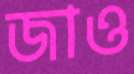
জাও